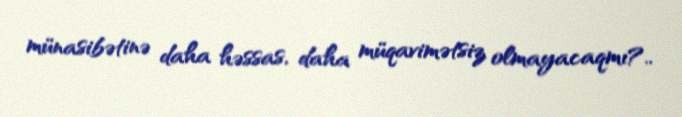
münasibətinə daha həssas, daha müqavimətsiz olmayacaqmı?..